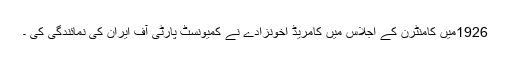
1926میں کامنٹرن کے اجلاس میں کامریڈ اخونزادے نے کمیونسٹ پارٹی آف ایران کی نمائندگی کی ۔